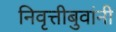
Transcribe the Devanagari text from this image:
निवृत्तीबुवांनी